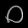
Digit: ၀